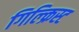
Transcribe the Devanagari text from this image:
गिल्क्रिस्ट